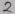
Text: 2